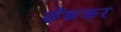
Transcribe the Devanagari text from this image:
छेंककर